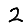
Digit: 2